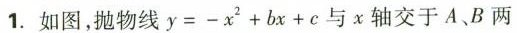
1. 如图，抛物线$$y = - x ^ { 2 } + b x + c$$与x轴交于A、B两